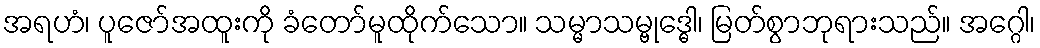
အရဟံ၊ ပူဇော်အထူးကို ခံတော်မူထိုက်သော။ သမ္မာသမ္ဗုဒ္ဓေါ၊ မြတ်စွာဘုရားသည်။ အဂ္ဂေါ၊